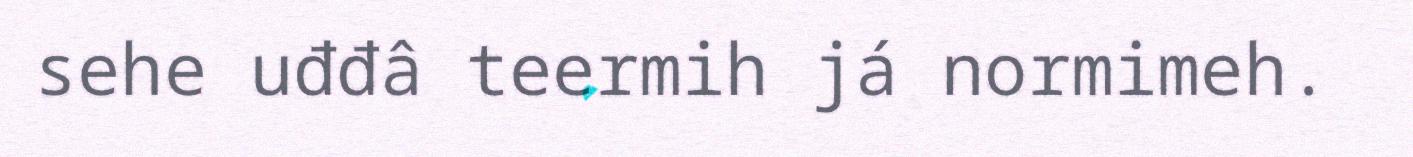
sehe uđđâ teermih já normimeh.